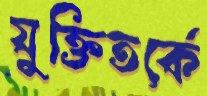
যুক্তিতর্কে